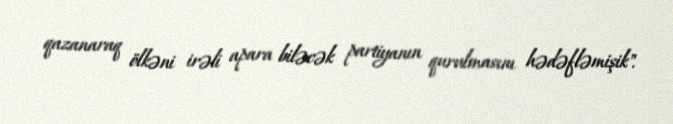
qazanaraq ölkəni irəli apara biləcək partiyanın qurulmasını hədəfləmişik".